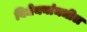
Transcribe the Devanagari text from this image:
विधेयनांमधील